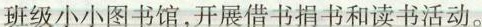
班级小小图书馆，开展借书捐书和读书活动。